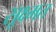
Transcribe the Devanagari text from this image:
सूक्ष्मत